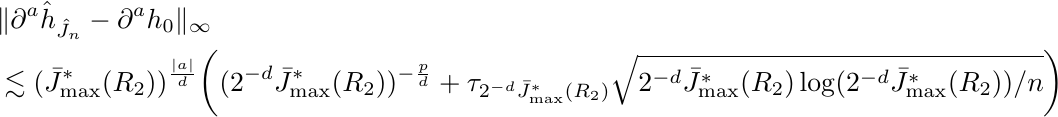
\begin{align*}
 & \|\partial^a \hat{h}_{\hat J_n} - \partial^a h_0 \|_{\infty} \\
 & \lesssim  (\bar J_{\max}^*(R_2))^{\frac{|a|}{d}} \bigg( (2^{-d}\bar J_{\max}^*(R_2))^{- \frac pd}  +  \tau_{2^{-d}\bar J_{\max}^*(R_2)}  \sqrt{2^{-d}\bar J_{\max}^*(R_2) \log(2^{-d}\bar J_{\max}^*(R_2)) / n}    \bigg)
\end{align*}